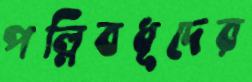
পল্লিবধূদের